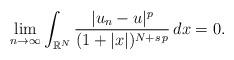
LaTeX: \begin{align*}\lim_{n\to\infty}\int_{\mathbb{R}^N} \frac{|u_n-u|^p}{(1+|x|)^{N+s\,p}}\,dx=0.\end{align*}